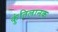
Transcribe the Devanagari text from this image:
कुंतिलानक